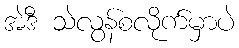
အဲဒီ သဲလွန်စလိုက်မှာပဲ